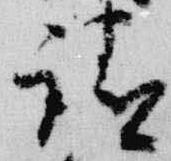
請